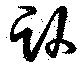
臥